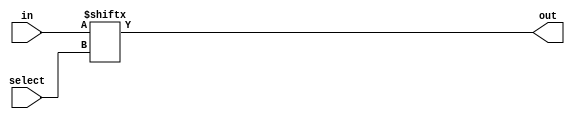
module mux16to1(
    input [15:0] in,
    input [3:0] select,
    output out
    );
    
    assign out = in[select];
    
endmodule